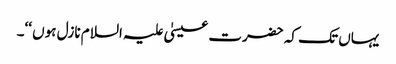
یہاں تک کہ حضرت عیسیٰ علیہ السلام نازل ہوں ‘‘۔